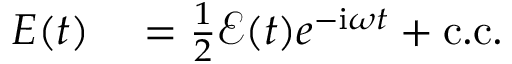
\begin{array} { r l } { E ( t ) } & { { } = \frac { 1 } { 2 } \mathcal { E } ( t ) e ^ { - \mathrm { { i } } \omega t } + \mathrm { c . c . } } \end{array}